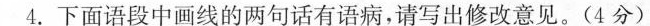
4.下面语段中画线的两句话有语病，请写出修改意见。(4分)